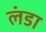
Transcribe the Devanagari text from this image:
लंडा